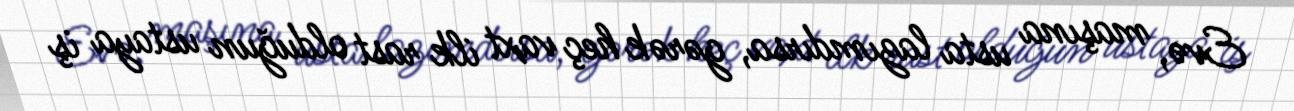
Evə, maşına usta lazımdırsa, gərək heç vaxt ilk rast olduğun ustaya iş